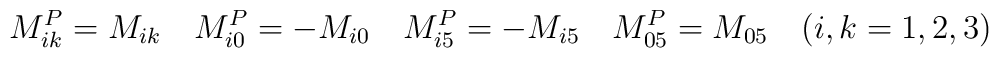
M_{ik}^P=M_{ik}\quad M_{i0}^P=-M_{i0} \quad M_{i5}^P=-M_{i5}\quad M_{05}^P=M_{05}\quad (i,k=1,2,3)